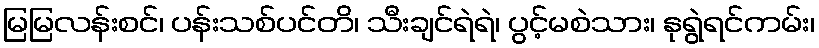
မြမြလန်းစင်၊ ပန်းသစ်ပင်တိ၊ သီးချင်ရဲရဲ၊ ပွင့်မစဲသား၊ နုရွဲရင်ကမ်း၊